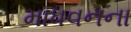
માધવનના